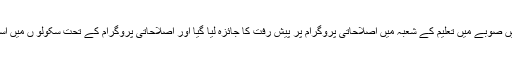
2015ء)وزیراعلیٰ پنجاب محمد شہباز شریف کی زیرصدارت گزشتہ روز اجلاس منعقد ہوا جس میں صوبے میں تعلیم کے شعبہ میں اصلاحاتی پروگرام پر پیش رفت کا جائزہ لیا گیا اور اصلاحاتی پروگرام کے تحت سکولو ں میں اساتذہ کی حاضری اور معیاری تعلیم کے فروغ کے حوالے سے اقدامات پر اطمینان کا اظہار کیا گیا۔